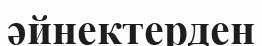
әйнектерден